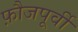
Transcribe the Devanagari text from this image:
फ़ौजपूर्वी